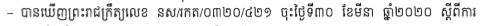
- បានឃើញព្រះរាជក្រឹត្យលេខ នស/រកត/០៣២០/៤២១ ចុះថ្ងៃទី៣០ ខែមីនា ឆ្នាំ២០២០ ស្តីពីការ